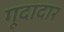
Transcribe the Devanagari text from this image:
गूदादार